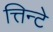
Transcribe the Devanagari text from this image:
त्तिन्टे